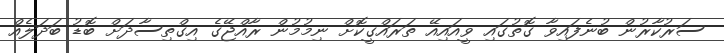
ސަރުކާރުން ބުނެފައިވާ ގޮތުގައި ވީއައިއޭ ތަރައްގީކޮށް ނިމުމުން ރާއްޖޭގެ އިގްތިސާދަށް ބޮޑު ބަދަލެއް